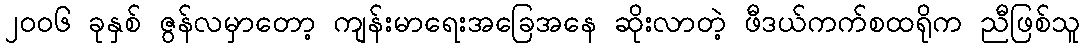
၂၀၀၆ ခုနှစ် ဇွန်လမှာတော့ ကျန်းမာရေးအခြေအနေ ဆိုးလာတဲ့ ဖီဒယ်ကက်စထရိုက ညီဖြစ်သူ